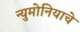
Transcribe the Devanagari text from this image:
न्युमोनियाचे